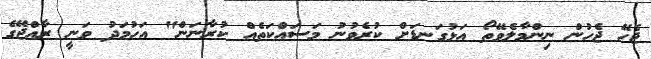
ޖެހޭ ޖެހުން ނިންމާލެވޭތޯ އަޅުގަނޑަށް ކުރެވުނު މަސައްކަތެއް ކުރާނަން" އަހުމަދު ވަނީ ރާއްޖޭގެ